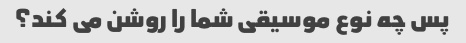
پس چه نوع موسیقی شما را روشن می کند؟